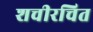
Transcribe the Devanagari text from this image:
शचीरचित